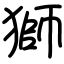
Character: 獅